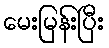
မေးမြန်းပြီး